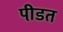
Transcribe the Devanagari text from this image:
पी़डत